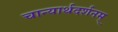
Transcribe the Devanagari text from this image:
चान्यार्थदर्शनम्